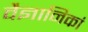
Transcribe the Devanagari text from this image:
वैज्ञानिकां